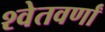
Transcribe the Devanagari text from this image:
श्वेतवर्णां